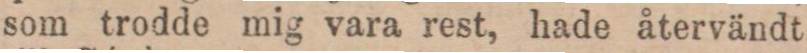
som trodde mig vara rest, hade återvändt